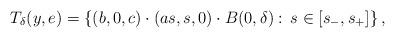
LaTeX: \begin{align*}T_{\delta}(y,e)= \left\{(b,0,c)\cdot (as,s,0)\cdot B(0,\delta):\,s\in [s_{-},s_{+}]\right\},\end{align*}